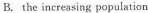
B. the increasing population